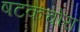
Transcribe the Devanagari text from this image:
षटकचोरा